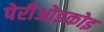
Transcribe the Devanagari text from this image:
पेरीओइकोइ